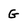
Character: G